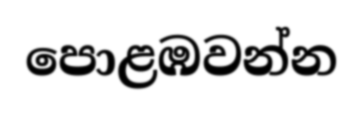
පොළඹවන්න